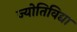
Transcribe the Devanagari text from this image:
ज्योतिविद्या